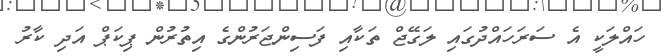
ހައްލަކީ އެ ސަރަހައްދުގައި ލަގޭޖް ތަކާއި ފަސިންޖަރުންގެ އިތުރުން ޕިކަޕް އަދި ކާރު